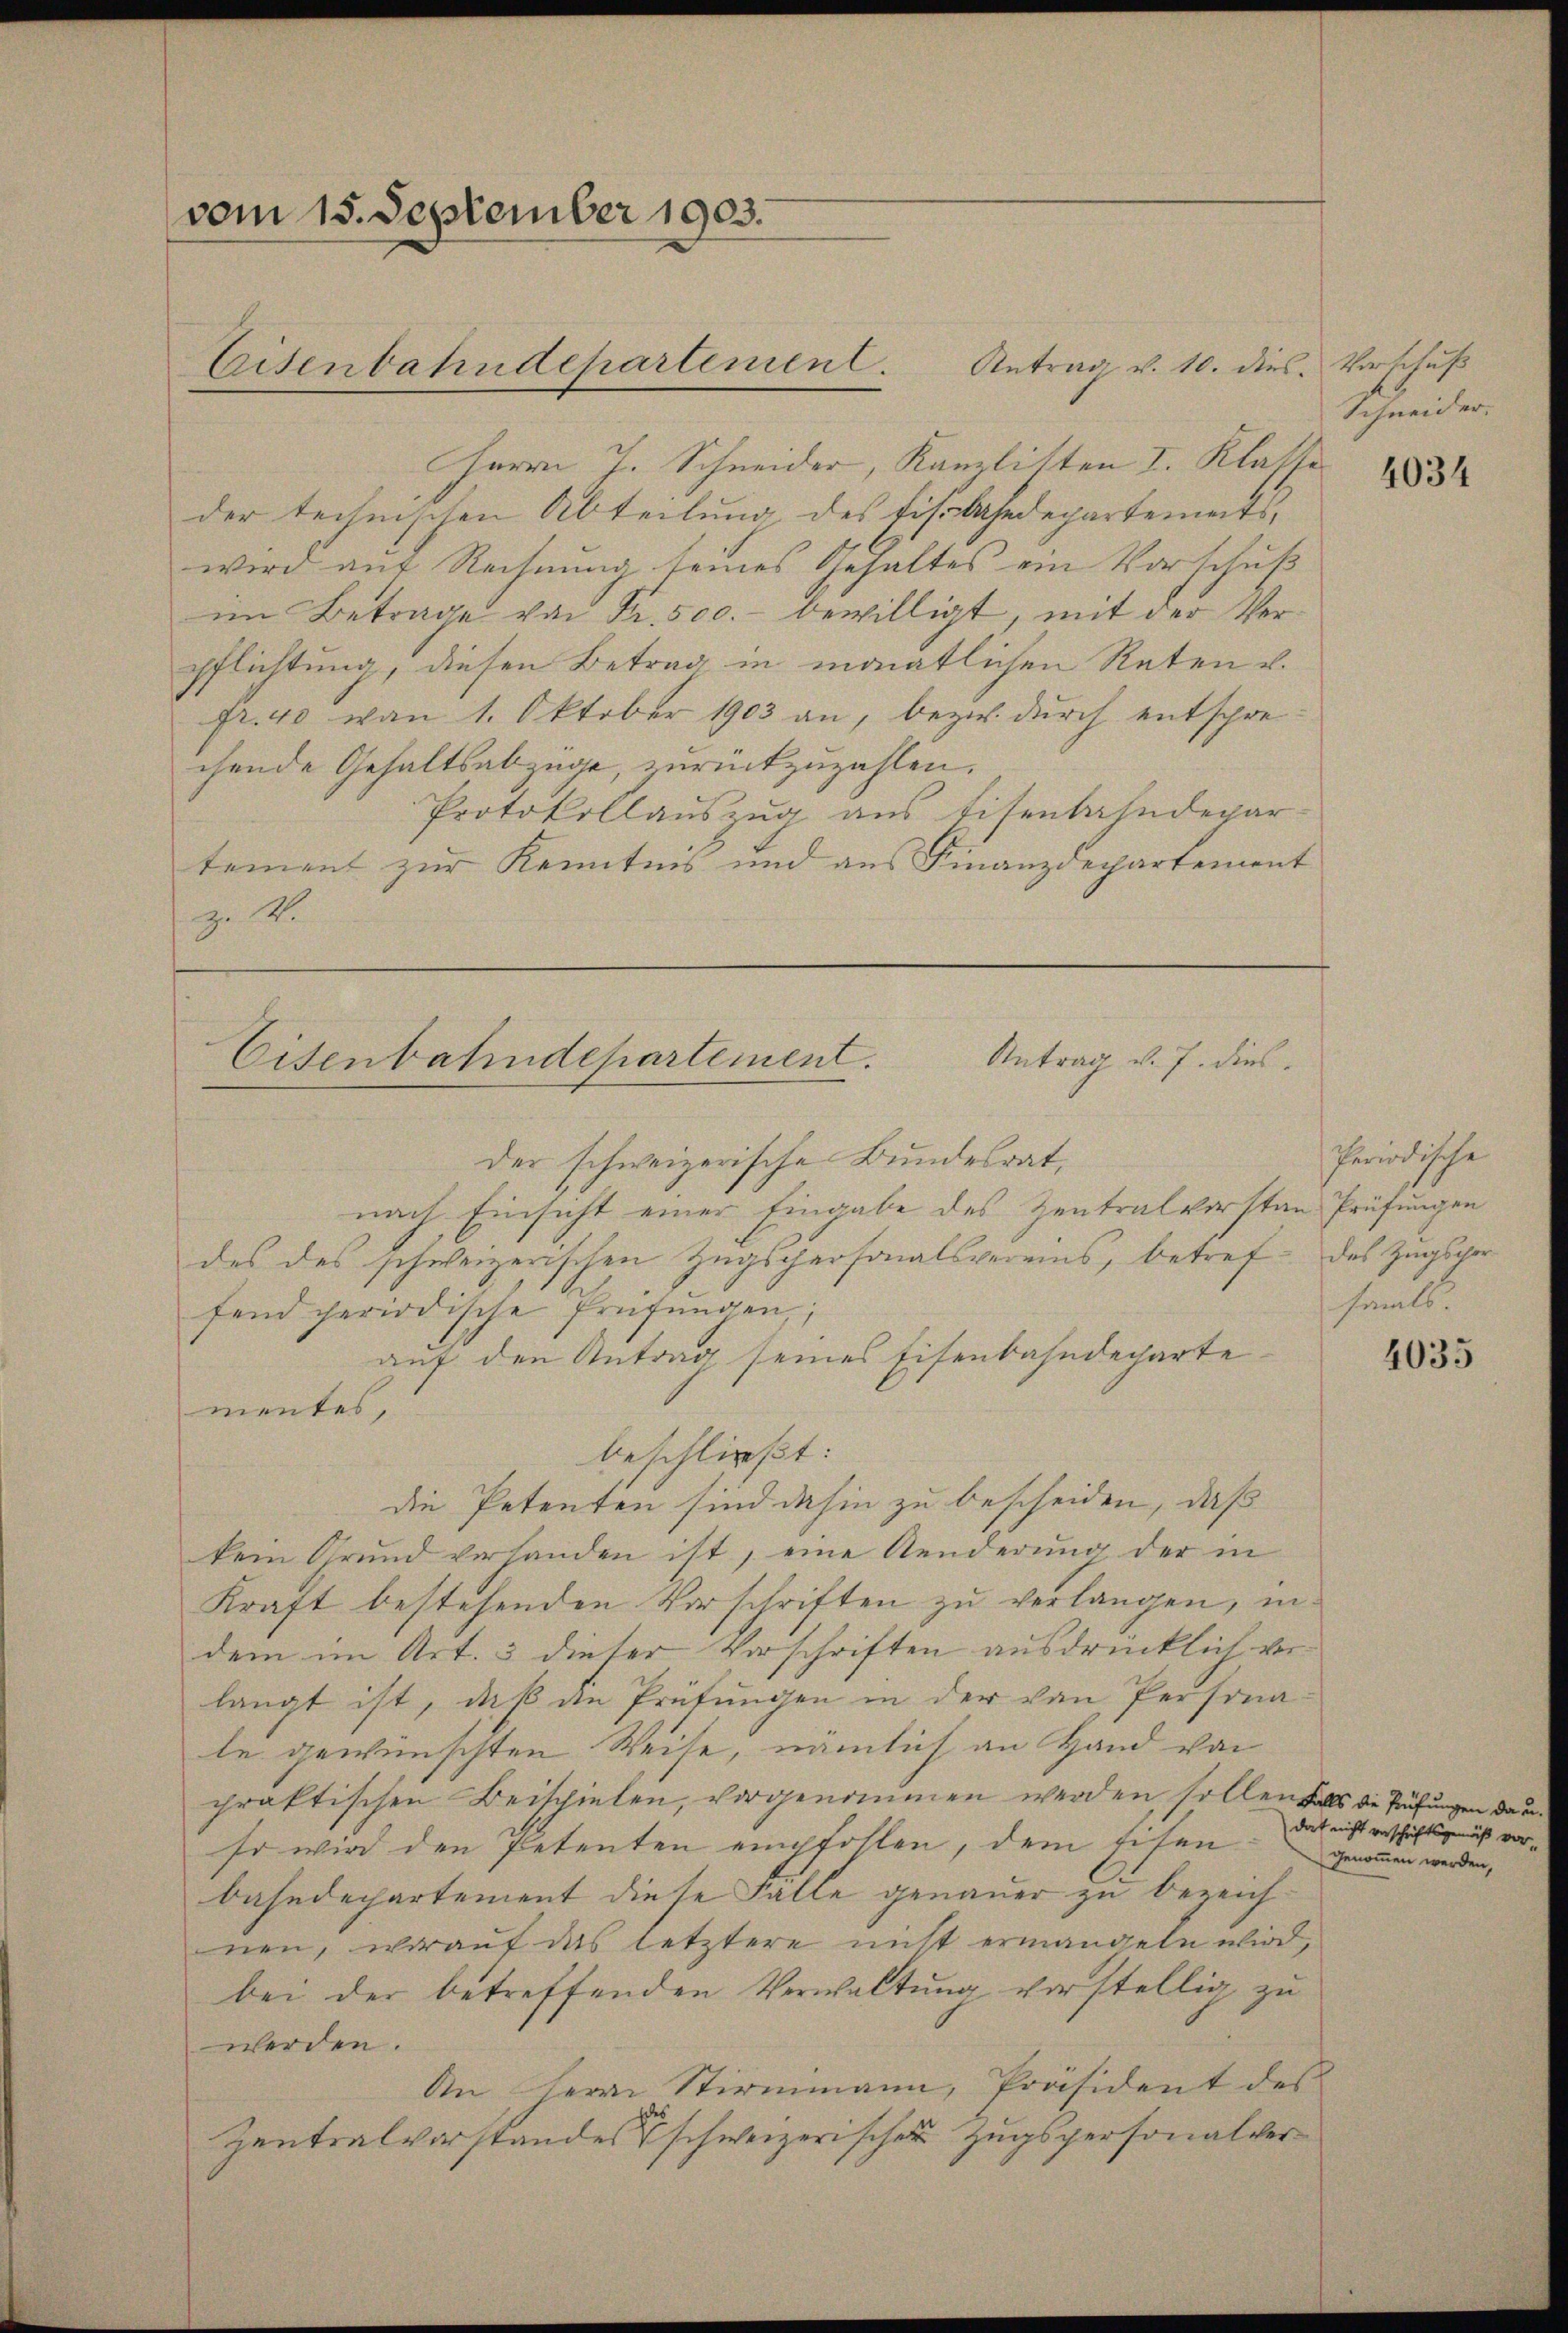
vom 15. September 1903.

Herrn J. Schneider, Kanzlisten I. Klasse
der technischen Abteilung des Eisbahndepartements,
wird auf Rechnung seines Gehaltes ein Vorschuß
im Betrage von Fr. 500.- bewilligt, mit der Verpflichtung, diesen Betrag in monatlichen Reten u.
fr. 40 von 1. Oktober 1903 an, bezw. durch entsprechende Gehaltsabzüge, zurückzuzahlen.
Protokollauszug aus Eisenbahndepar
tement zur Kenntnis und aus Finanzdepartement
zu M

Eisenbahndepartement. Antrag v. 10. dies Vorschuß

Antrag v. J. dies
Eisenbahndepartement.

der schweizerische Bundesrat,
nach Einsicht einer Eingabe des Zentralvorstan Prüfungen
des des schweizerischen Zugspersonalsvereins, betref das Zugsger
fend periodische Prüfŭngen;
auf den Antrag seines Eisenbahndeparte
mentes,
beschließt:
die Petenten sind dahin zu bescheiden, daß
kein Grund verhanden ist, eine Aenderŭng der in
Kraft bestehenden Vorschriften zu verlangen, indem im Art. 3 dieser Vorschriften ausdrücklich verlangt ist, daß die Prüfungen in der von Persona
le gewünschten Weise, nämlich an Hand von
praktischen Beispielen, vorgenommen werden, sollen falls die Prüfungen da u
so wird den Petenten empfohlen, dem Eisen
bahndepartement diese Falle genauer zu bezeichnen, worauf das letztere nicht ermangeln wird,
bei der betreffenden Verwaltung vorstellig zu
werden.
An Herrn Stirmmann, Präsident des
Zentralvorstandes schweizerischer Zugspersonalver¬

Schneider.

Periodische
hamels

4034

4035

dat nicht verschriftsgemäß vorgenom̅en werden,